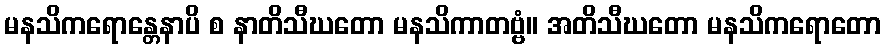
မနသိကရောန္တေနာပိ စ နာတိသီဃတော မနသိကာတဗ္ဗံ။ အတိသီဃတော မနသိကရောတော